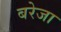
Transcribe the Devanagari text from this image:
बरेजा